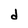
Character: d